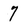
Character: 7